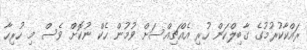
ރައްކާކުރުމުގެ ގާބިލްކަން ހުރި އެއްޗިއްސަށް ވުމުން ހެކް ނުކޮށް ވެސް މި ހުރިހާ